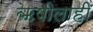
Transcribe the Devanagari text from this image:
ऋषीलाही